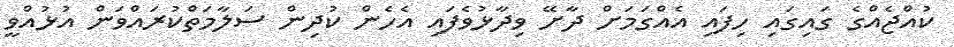
ކުއްޖެއްގެ ގައިގައި ހިފައި އެއްގަމަށް ދާށޭ ވިދާޅުވެފައި އެހެން ކުދިން ސަލާމަތްކުރައްވަން އުޅުއްވީ